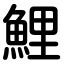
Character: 鯉